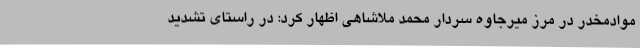
موادمخدر در مرز میرجاوه سردار محمد ملاشاهی اظهار کرد: در راستای تشدید